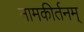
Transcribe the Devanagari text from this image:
नामकीर्तनम्